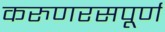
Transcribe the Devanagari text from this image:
करुणरसपूर्ण